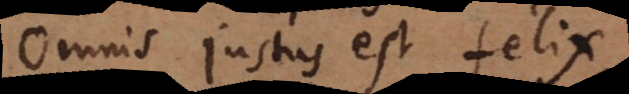
Omnis justus est felix.